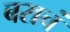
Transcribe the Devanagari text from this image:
बराचं